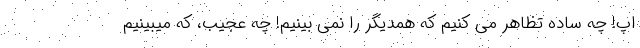
اپ! چه ساده تظاهر می کنیم که همدیگر را نمی بینیم! چه عجیب، که میبینیم